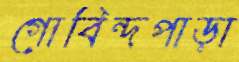
গোবিন্দপাড়া